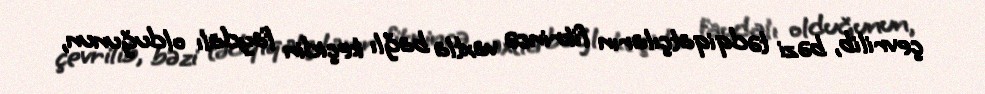
çevrilib, bəzi tədqiqatçıların fikrincə vaxtla bağlı keçidin faydalı olduğunun,